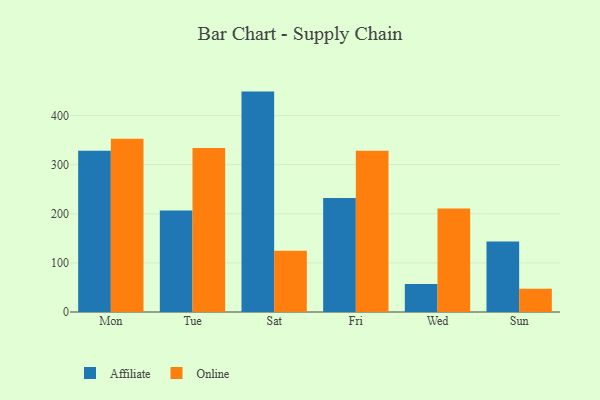
{"axis": {"x": "Day", "y": "Conversion Rate (%)"}, "legend": ["Affiliate", "Online"], "data": [{"x": "Mon", "y": 328.4, "type": "Affiliate"}, {"x": "Mon", "y": 353.0, "type": "Online"}, {"x": "Tue", "y": 206.6, "type": "Affiliate"}, {"x": "Tue", "y": 334.1, "type": "Online"}, {"x": "Sat", "y": 448.8, "type": "Affiliate"}, {"x": "Sat", "y": 124.8, "type": "Online"}, {"x": "Fri", "y": 232.1, "type": "Affiliate"}, {"x": "Fri", "y": 328.4, "type": "Online"}, {"x": "Wed", "y": 57.1, "type": "Affiliate"}, {"x": "Wed", "y": 210.8, "type": "Online"}, {"x": "Sun", "y": 143.5, "type": "Affiliate"}, {"x": "Sun", "y": 47.5, "type": "Online"}]}